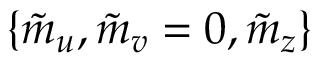
\{ \tilde { m } _ { u } , \tilde { m } _ { v } = 0 , \tilde { m } _ { z } \}